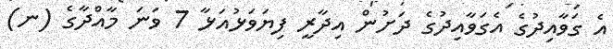
އެ ގަވާއިދުގެ އެގަވާއިދުގެ ދަށުން އިދާރީ ފިޔަވަޅުއަޅާ 7 ވަނަ މާއްދާގެ (ނ)